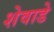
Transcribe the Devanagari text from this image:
शेवाडे